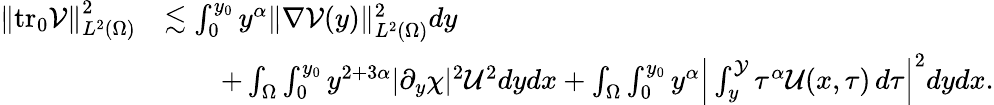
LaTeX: \begin{array}{rl}{\left\| \mathrm{tr_{0}}{\mathcal{V}}\right\| _{L^{2}(\Omega)}^{2}}&{\lesssim\int_{0}^{y_{0}}y^{\alpha}\| \nabla\mathcal{V}(y)\| _{L^{2}(\Omega)}^{2}dy}\\ &{\qquad+\int_{\Omega}\int_{0}^{y_{0}}y^{2+3\alpha}|\partial_{y}\chi|^{2}\mathcal{U}^{2}dydx+\int_{\Omega}\int_{0}^{y_{0}}y^{\alpha}\Big|\int_{y}^{\mathcal{Y}}{\tau^{\alpha}\mathcal{U}(x,\tau)\, d\tau}\Big|^{2}dydx.}\end{array}